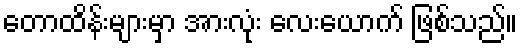
တောထိန်းများမှာ အားလုံး လေးယောက် ဖြစ်သည်။